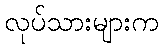
လုပ်သားများက